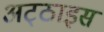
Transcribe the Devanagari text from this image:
अट्‌ठाइस